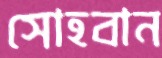
সোহবান